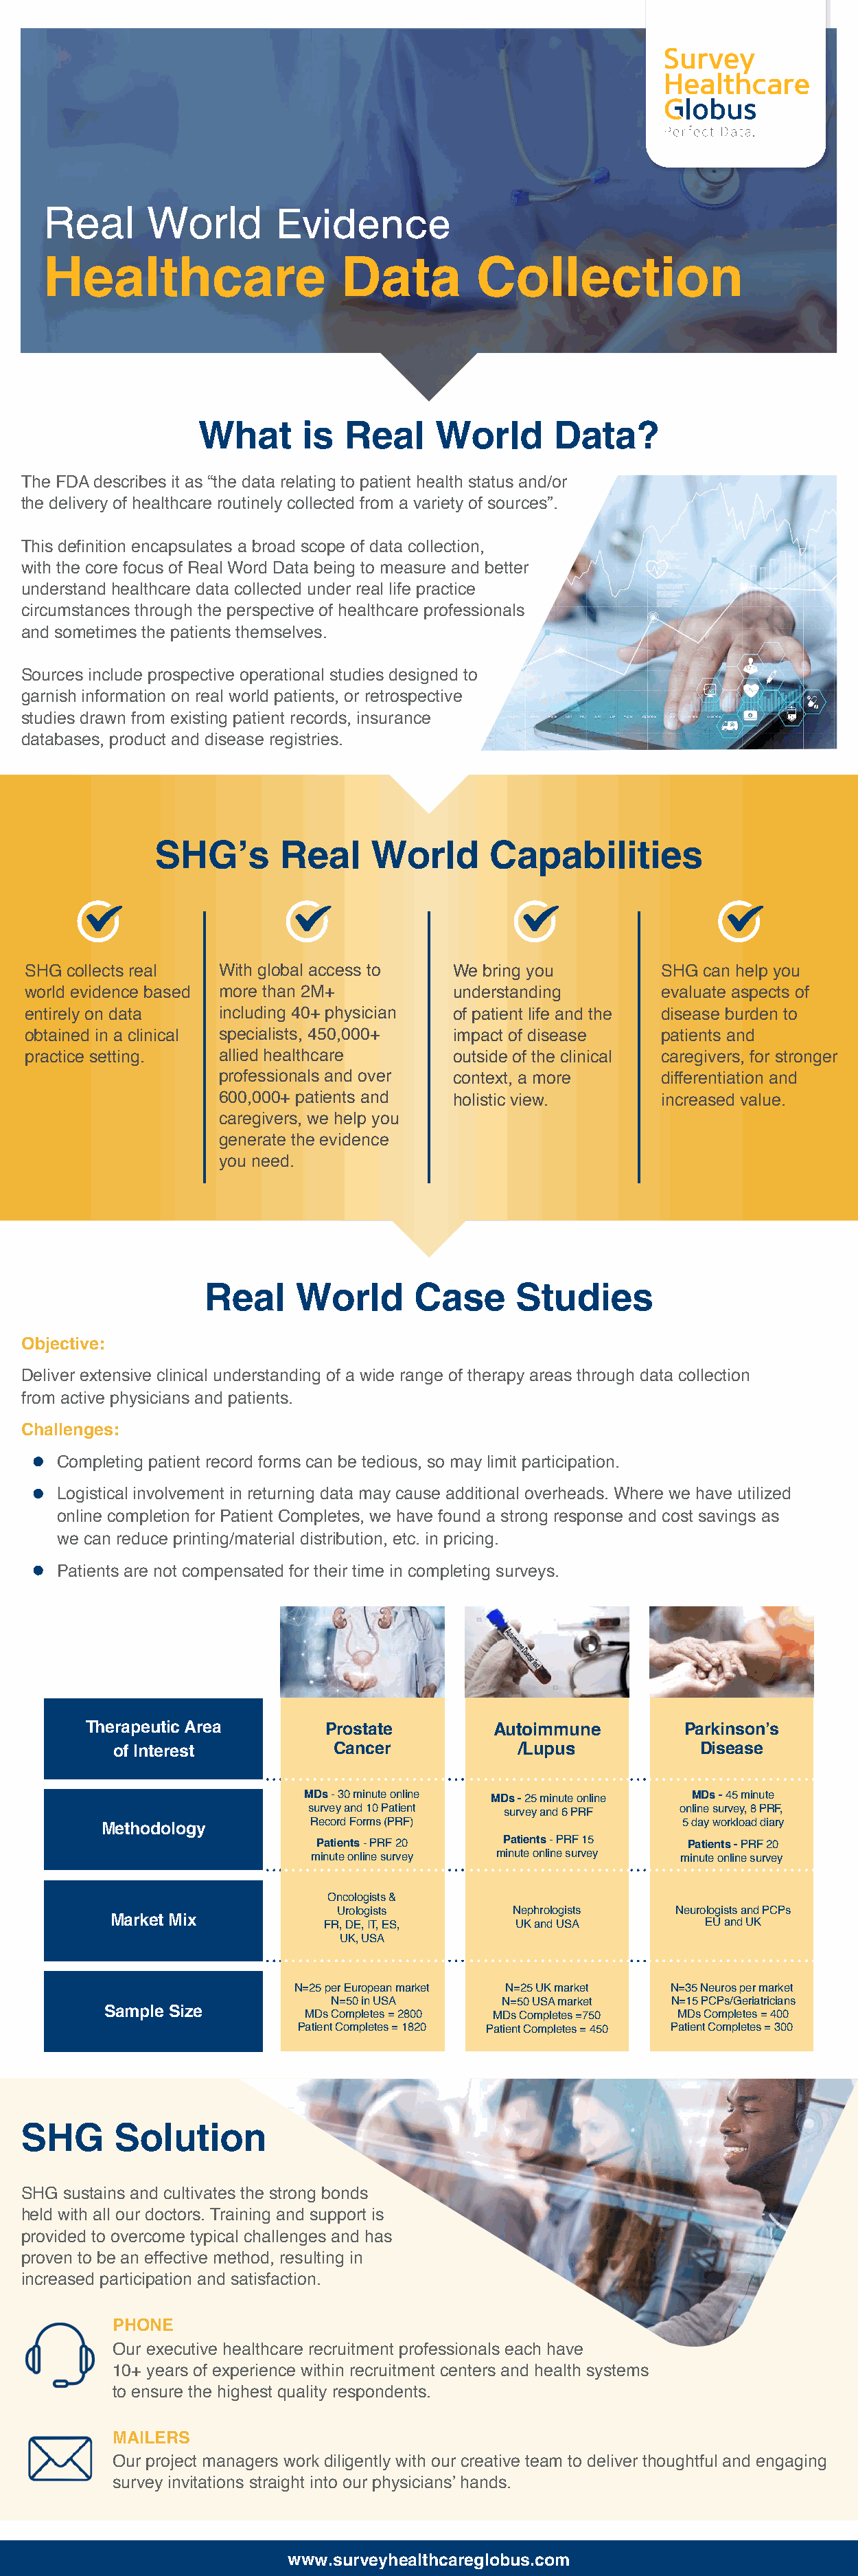
Evidence
 Real      World
 Healthcare                   Data         Collection
 What      is  Real     World      Data?
 The FDA describes it as “the data relating to patient health status and/or
 the delivery of healthcare routinely collected from a variety of sources”.
 This definition encapsulates a broad scope of data collection,
 with the core focus of Real Word Data being to measure and better
 understand healthcare data collected under real life practice
 circumstances through the perspective of healthcare professionals
 and sometimes the patients themselves.
 Sources include prospective operational studies designed to
 garnish information on real world patients, or retrospective
 studies drawn from existing patient records, insurance
 databases, product and disease registries.
 SHG’s       Real     World      Capabilities
 SHG collects real  With global access to  We bring you        SHG can help you
 world evidence based more than 2M+        understanding       evaluate aspects of
 entirely on data   including 40+ physician of patient life and the disease burden to
 obtained in a clinical specialists, 450,000+ impact of disease patients and
 practice setting.  allied healthcare      outside of the clinical caregivers, for stronger
 professionals and over context, a more     differentiation and
 600,000+ patients and  holistic view.      increased value.
 caregivers, we help you
 generate the evidence
 you need.
 Real     World      Case      Studies
 Objective:
 Deliver extensive clinical understanding of a wide range of therapy areas through data collection
 from active physicians and patients.
 Challenges:
 Completing patient record forms can be tedious, so may limit participation.
 Logistical involvement in returning data may cause additional overheads. Where we have utilized
 online completion for Patient Completes, we have found a strong response and cost savings as
 we can reduce printing/material distribution, etc. in pricing.
 Patients are not compensated for their time in completing surveys.
 Therapeutic Area       Prostate         Autoimmune        Parkinson’s
 of Interest          Cancer            /Lupus            Disease
 MDs - 30 minute online MDs - 25 minute online MDs - 45 minute
 survey and 10 Patient survey and 6 PRF online survey, 8 PRF,
 Record Forms (PRF)                  5 day workload diary
 Methodology
 Patients - PRF 20 Patients - PRF 15 Patients - PRF 20
 minute online survey minute online survey minute online survey
 Oncologists &
 Urologists      Nephrologists   Neurologists and PCPs
 Market Mix          FR, DE, IT, ES,    UK and USA        EU and UK
 UK, USA
 N=25 per European market N=25 UK market N=35 Neuros per market
 N=50 in USA     N=50 USA market  N=15 PCPs/Geriatricians
 Sample Size        MDs Completes = 2800 MDs Completes =750 MDs Completes = 400
 Patient Completes = 1820 Patient Completes = 450 Patient Completes = 300
 SHG      Solution
 SHG sustains and cultivates the strong bonds
 held with all our doctors. Training and support is
 provided to overcome typical challenges and has
 proven to be an effective method, resulting in
 increased participation and satisfaction.
 PHONE
 Our executive healthcare recruitment professionals each have
 10+ years of experience within recruitment centers and health systems
 to ensure the highest quality respondents.
 MAILERS
 Our project managers work diligently with our creative team to deliver thoughtful and engaging
 survey invitations straight into our physicians’ hands.
 www.surveyhealthcareglobus.com